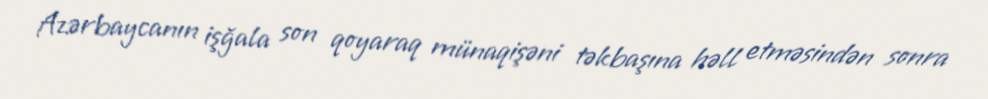
Azərbaycanın işğala son qoyaraq münaqişəni təkbaşına həll etməsindən sonra